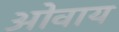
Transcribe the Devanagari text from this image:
ओवाय